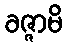
ခဇ္ဇာမိ